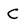
Character: C